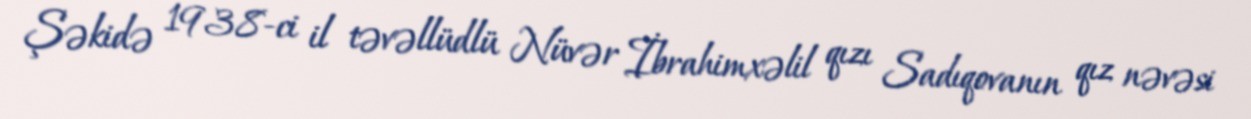
Şəkidə 1938-ci il təvəllüdlü Nüvər İbrahimxəlil qızı Sadıqovanın qız nəvəsi